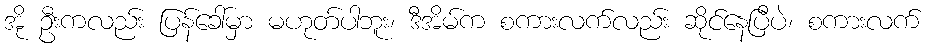
အို ဦးကလည်း ပြန်ခေါ်မှာ မဟုတ်ပါဘူး၊ ဒီအိမ်က စကားလက်လည်း ဆိုင်နေပြီပဲ၊ စကားလက်